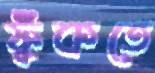
ফুঁকতে